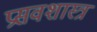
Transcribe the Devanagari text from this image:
प्रसवशास्त्र